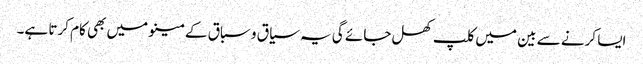
ایسا کرنے سے بین میں کلپ کھل جائے گی یہ سیاق و سباق کے مینو میں بھی کام کرتا ہے۔